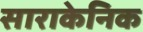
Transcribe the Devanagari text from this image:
साराकेनिक